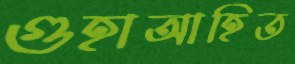
গুহাআহিত